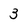
Character: 3